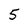
Character: 5